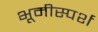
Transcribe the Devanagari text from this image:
भूमीस्पर्श